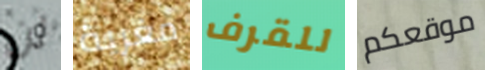
لن مغرية للقرف موقعكم